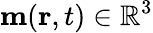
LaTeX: \textbf{m}(\textbf{r},t)\in\mathbb{R}^{3}